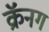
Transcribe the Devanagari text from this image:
क्रॅनग